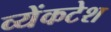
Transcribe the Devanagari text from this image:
व्येंकटेश